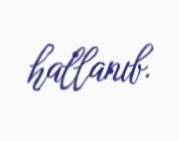
hallanıb.